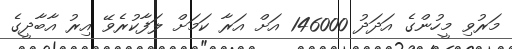
މަރުވި މީހުންގެ އަދަދު 146000 އަށް އަރާ ކަމަށް ލަފާކުރެވޭ އިރު އާބާދީގެ